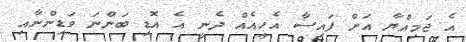
އެ ޖަމިއްޔާ އަށް ފައިސާ އެހީއެއް ދެނީ އެ އޮޑި ބަންނަ ވަޑިންނާއިި